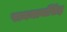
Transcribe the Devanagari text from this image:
रामनाथसिंह